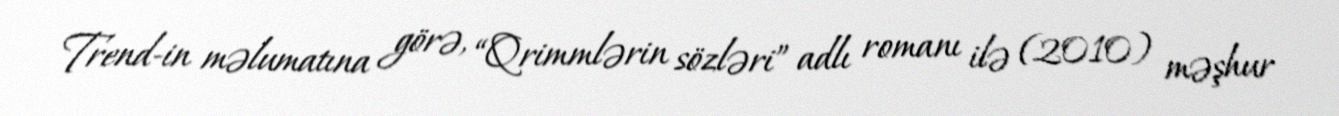
Trend-in məlumatına görə, “Qrimmlərin sözləri” adlı romanı ilə (2010) məşhur